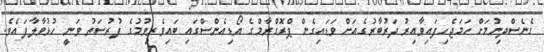
ގެނެސްދިނުމަށް ހަމަޖެހިފައިވާއިރު ދަރުބާރުގެއަށް ވަޑައިގެން ޕްރޮގްރާމްގެ އޯޑިއެންސްގައި ބައިވެރިވުމުގެ ފުރުސަތު ވަނީ ހުޅުވާލާފައެވެ.